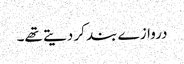
دروازے بند کر دیتے تھے۔